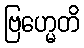
ဗြဟ္မေတိ